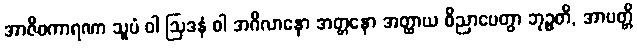
အာဇီဝကာရဏာ သူပံ ဝါ ဩဒနံ ဝါ အဂိလာနော အတ္တနော အတ္ထာယ ဝိညာပေတွာ ဘုဉ္ဇတိ, အာပတ္တိ